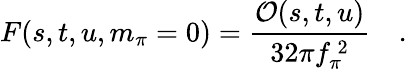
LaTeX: F(s,t,u,m_{\pi}=0)=\frac{{\cal O}(s,t,u)}{32\pi f_{\pi}^{\ 2}}\quad.